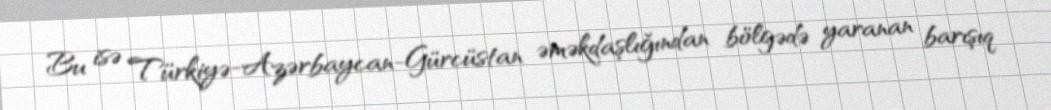
Bu isə Türkiyə-Azərbaycan-Gürcüstan əməkdaşlığından bölgədə yaranan barışıq